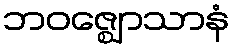
ဘဝဇ္ဈောသာနံ